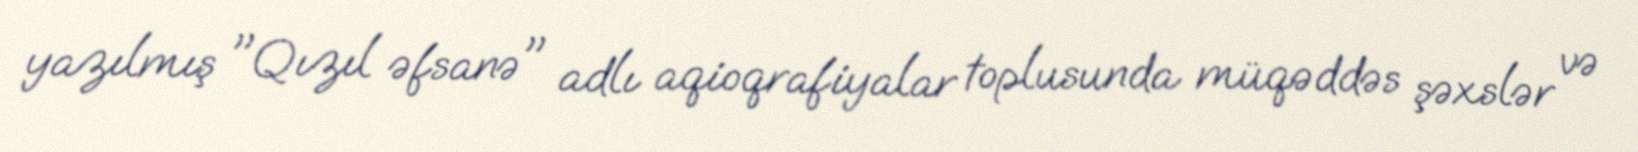
yazılmış "Qızıl əfsanə" adlı aqioqrafiyalar toplusunda müqəddəs şəxslər və